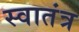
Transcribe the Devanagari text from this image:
स्‍वातंत्र